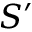
S ^ { \prime }